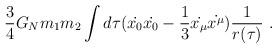
LaTeX: \begin{align*}{3\over 4}G_Nm_1m_2 \int d\tau (\dot{x_0}\dot{x_0} - {1\over 3}\dot{x_{\mu}}\dot{x^{\mu}} ) {1 \over r(\tau)}~.\end{align*}